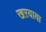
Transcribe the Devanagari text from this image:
खऱयाया